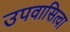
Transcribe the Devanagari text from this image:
उपवासित्वा